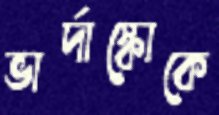
ভার্দাস্কোকে